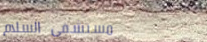
مستشفى السلام